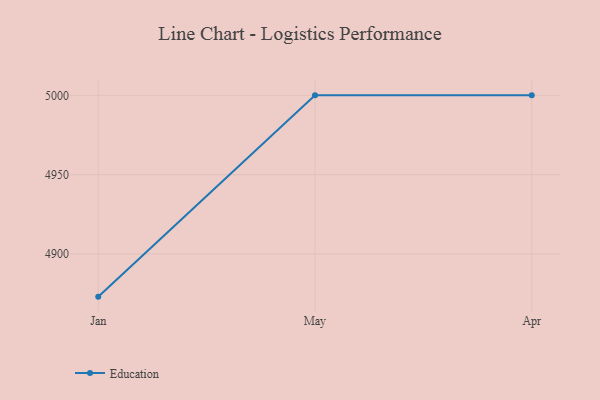
{"axis": {"x": "Month", "y": "Demand Index"}, "legend": ["Education"], "data": [{"x": "Jan", "y": 4873.1, "type": "Education"}, {"x": "May", "y": 5000, "type": "Education"}, {"x": "Apr", "y": 5000, "type": "Education"}]}